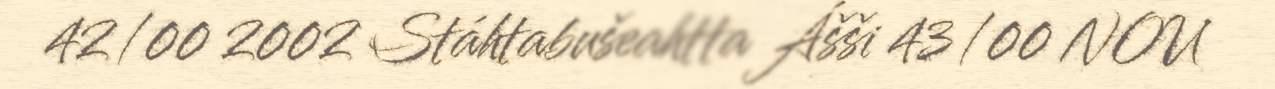
42/00 2002 Stáhtabušeahtta Ášši 43/00 NOU